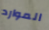
الموارد